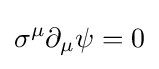
\sigma ^{\mu }\partial _{\mu }\psi =0